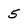
Character: 5